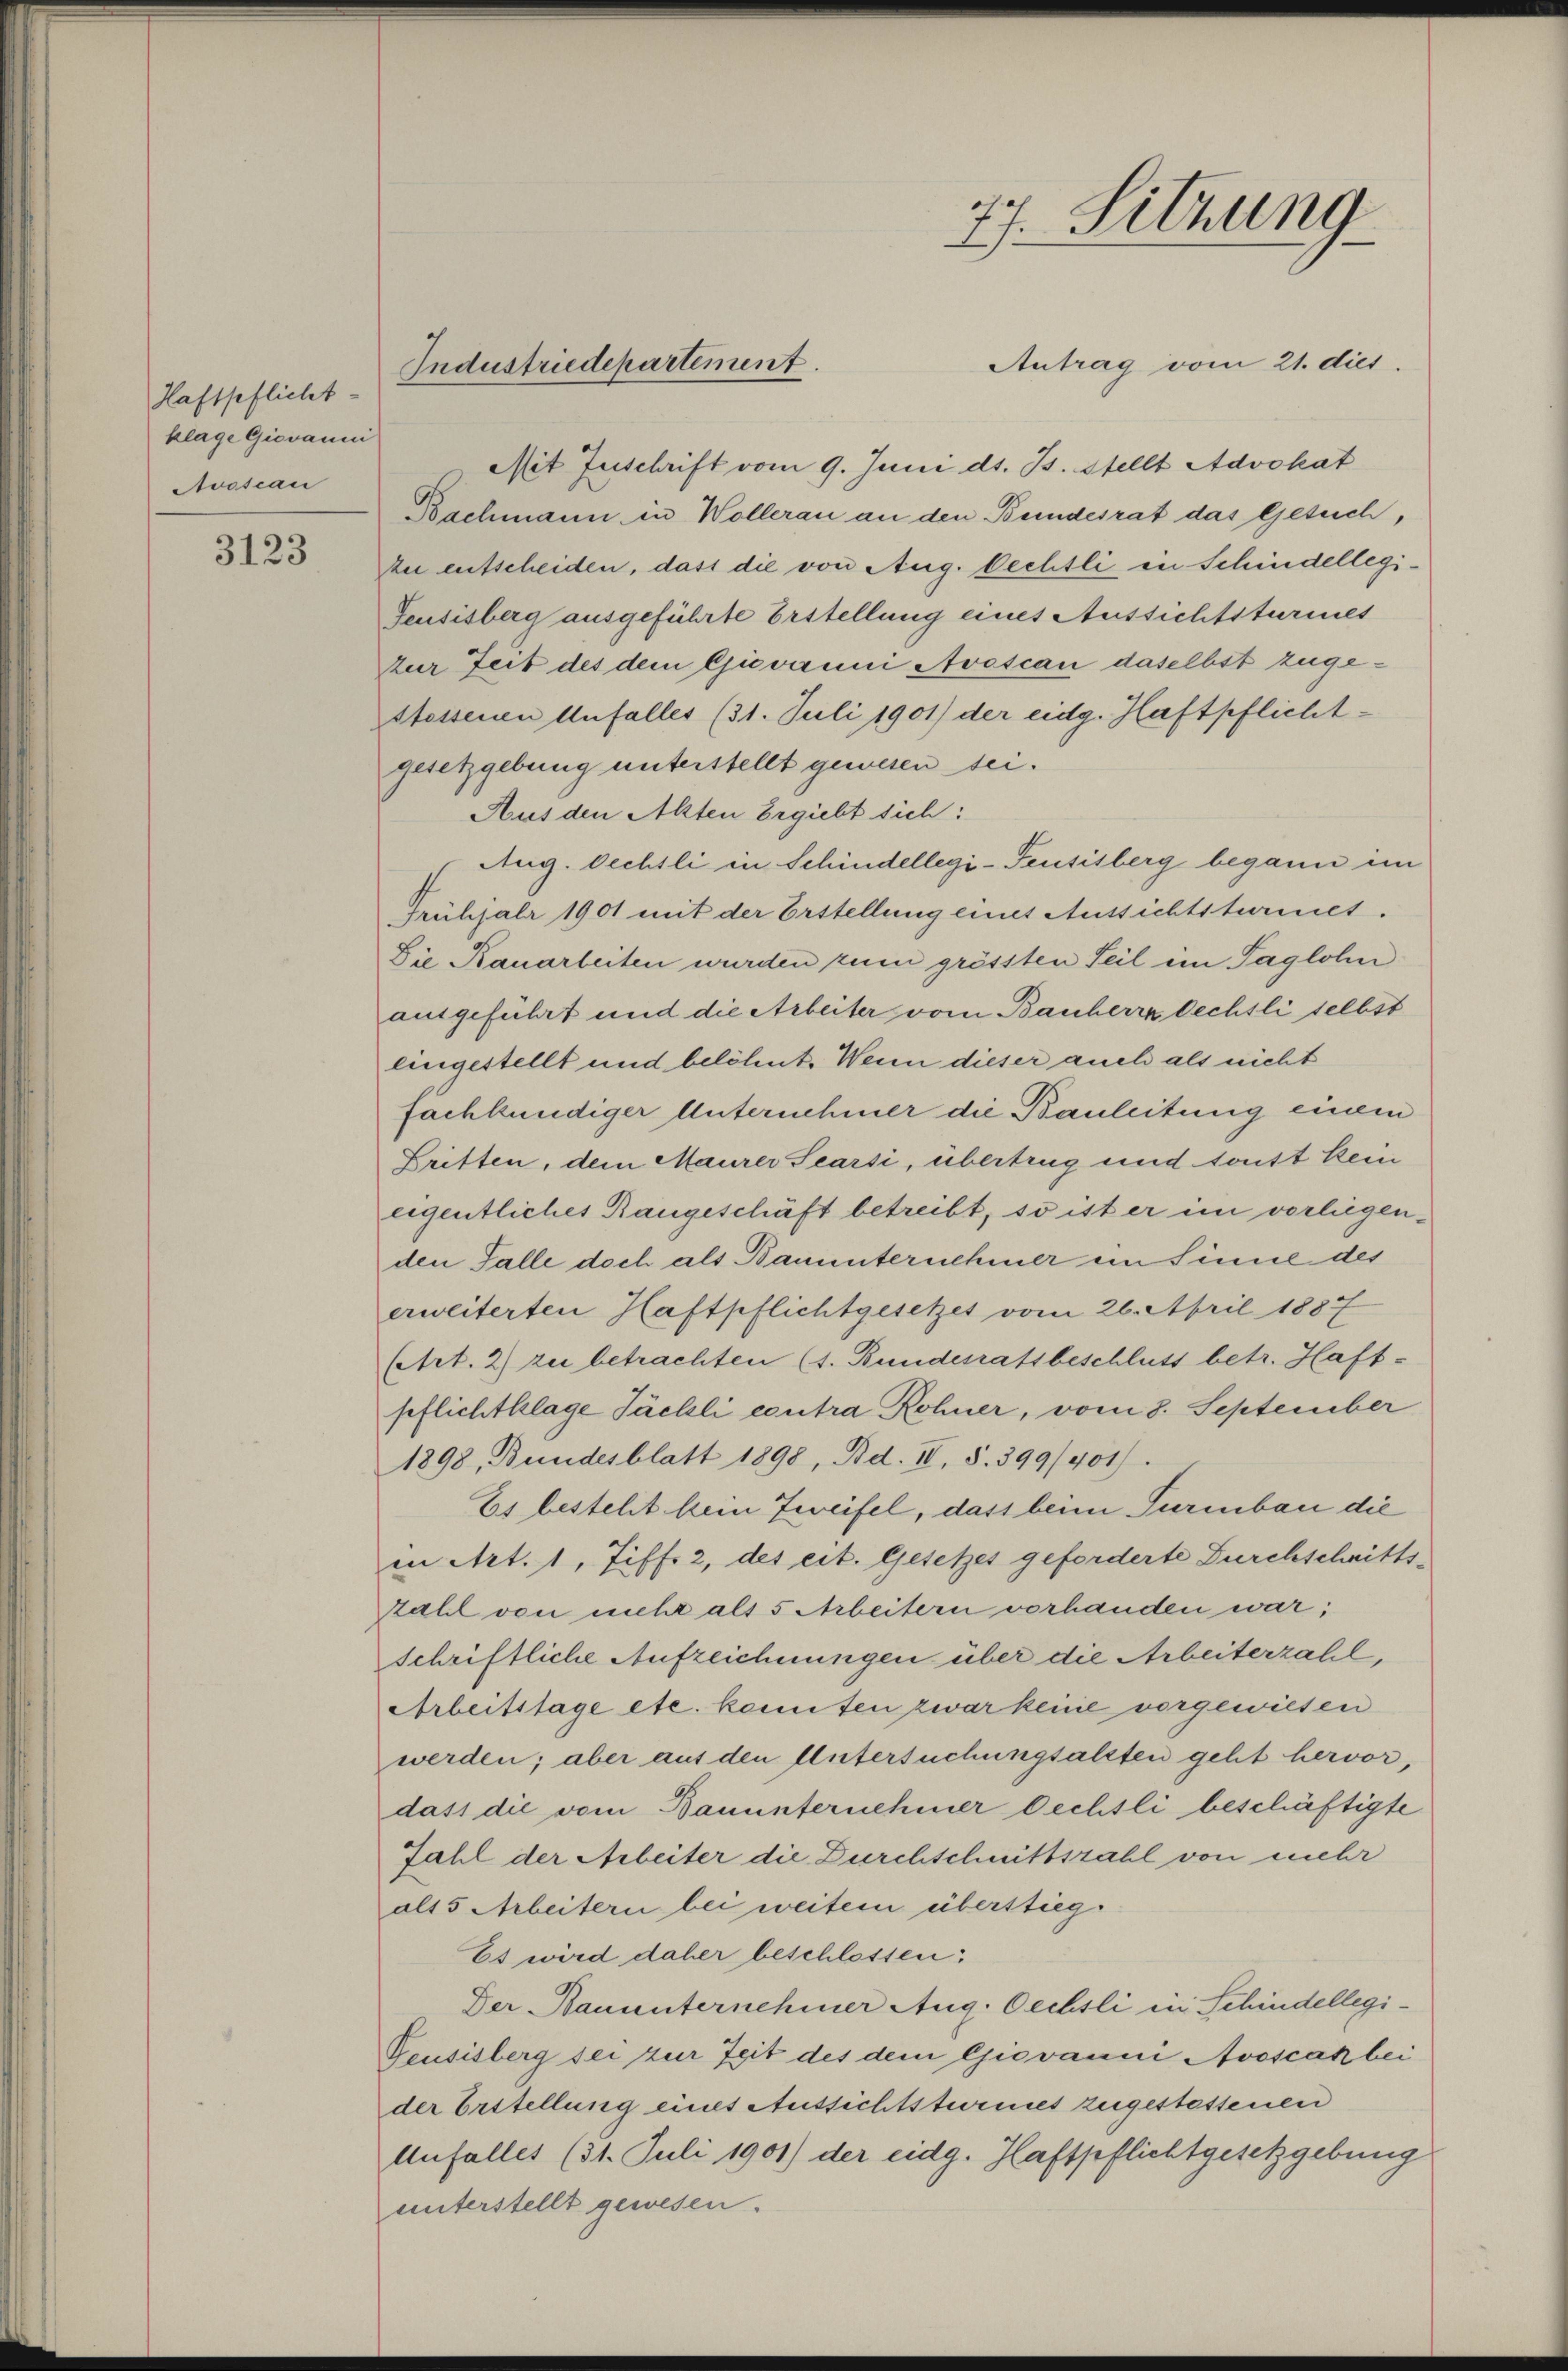
Haftpflicht-
klage Giovanni
Nossian

3123

Antrag vom 21. dies
Mit Zuschrift vom 9. Juni ds. B. Stellt Advokat
Bachmann in Wollerau an den Bundesrat das Gesuch,
ze entscheiden, dass die von Aug. Pechtli in Schindellegi¬
Feusisberg ausgeführte Erstellung eines Aussichtsturmes
zur Zeit des dem Giovanni Avoscan daselbst zuge¬
Stossenen Unfalles (31. Juli 1901) der eidg. Haftpflichtgesetzgebung unterstellt gewesen sei.
Aus den Alten Ergiebt sich:
Aug. Oechtli in Schindellegi-Feusisberg begann im
Frühjahr 1901 mit der Erstellung eines Aussichtsturmet.
Die Rauarbeiten wurden seine grössten Seil im Taglohn
ausgeführt und die Arbeiter vom Bauherrn Oechsli selbst
eingestellt und belehnt. Wenn dieser auch als nicht
fachkundiger Unternehmer die Bauleitung einem
Dritten, dem Maurer Searsi, übertrug und sonst kein
eigentliches Rangeschäft betreibt, so ist er im vorliegenden Falle doch als Bauunternehmer ein Sinne des
erweiterten Haftpflichtgesetzes vom 26. April 1887
(Art. 2) zu betrachten (s. Bundesratsbeschluss betr. Haft-
pflichtklage Tächli contra Rohner, vom 8. September
1898, Bundesblatt 1898, Bd. IV, S. 399/401/
Es besteht kein Zweifel, dass beim Turmbau die
in Art. 1, Ziff. 2, des cit. Gesetzes geforderte Durchschritts-
zahl von nicht als 5 Arbeitern vorhanden war;
schriftliche Aufzeichnungen über die Arbeiterzahl,
Arbeitstage etc. kannten zwar keine vorgewiesen
werden; aber aus den Untersuchungsalten geht hervor,
dass die vom Bauunternehmer Oechsli beschäftigte
Zahl der Arbeiter die Durchschnittszahl von mehr
als 5 Arbeitern bei weitem überstieg¬
Es wird daher beschlossen:
Der Bauunternehmer Aug. Oechsli in Schindellegi¬
Geusisberg sei zur Zeit des dem Giovanni Avoscak bei
der Erstellung eines Aussichtsturmes zugestessenen
Unfall(...)(31. Juli 1901) der eidg. Haftpflichtgesetzgebung
unterstellt gewesen.

Industriedepartement.

77. Sitzung